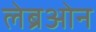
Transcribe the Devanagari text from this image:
लेब्रओन